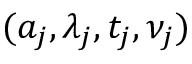
( a _ { j } , \lambda _ { j } , t _ { j } , \nu _ { j } )